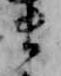
ま